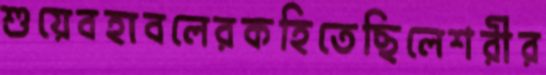
শুয়েবহাবলেরকহিতেছিলেশরীর